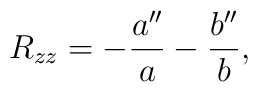
R_{zz} = - {{a''}\over{a}} - {{b''}\over{b}},